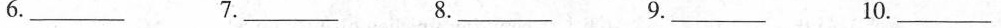
6.___7.___ 8.___ 9.___ 10.___